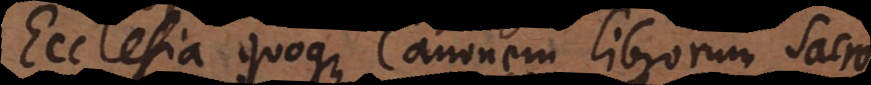
Ecclesia quoque Canonem librorum sacro